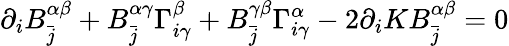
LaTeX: \partial_{i}B_{\bar{j}}^{\alpha\beta}+B_{\bar{j}}^{\alpha\gamma}\Gamma_{i\gamma}^{\beta}+B_{\bar{j}}^{\gamma\beta}\Gamma_{i\gamma}^{\alpha}-2\partial_{i}KB_{\bar{j}}^{\alpha\beta}=0